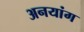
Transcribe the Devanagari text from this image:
अनयांग